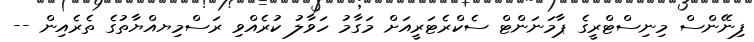
ފިނޭންސް މިނިސްޓްރީގެ ޕާމަނަންޓް ސެކްރެޓަރީއަށް މަގާމު ހަވާލު ކުރެއްވި ރަސްމިޔއްޔާތުގެ ތެރެއިން --